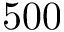
5 0 0